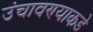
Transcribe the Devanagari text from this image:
उंचावण्याकडे